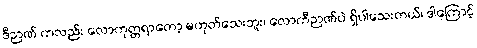
ဒီဉာဏ် ကလည်း လောကုတ္တရာတော့ မဟုတ်သေးဘူး၊ လောကီဉာဏ်ပဲ ရှိပါသေးတယ်၊ ဒါကြောင့်